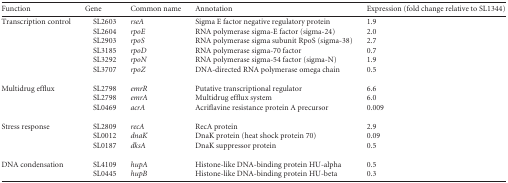
<table><thead><tr><td><b>Function</b></td><td><b>Gene</b></td><td><b>Common name</b></td><td><b>Annotation</b></td><td><b>Expression (fold change relative to SL1344)</b></td></tr></thead><tbody><tr><td>Transcription control</td><td> SL2603</td><td><i>rseA</i></td><td>Sigma E factor negative regulatory protein</td><td>1.9</td></tr><tr><td></td><td> SL2604</td><td><i>rpoE</i></td><td>RNA polymerase sigma-E factor (sigma-24)</td><td>2.0</td></tr><tr><td></td><td> SL2903</td><td><i>rpoS</i></td><td>RNA polymerase sigma subunit RpoS (sigma-38)</td><td>2.7</td></tr><tr><td></td><td> SL3185</td><td><i>rpoD</i></td><td>RNA polymerase sigma-70 factor</td><td>0.7</td></tr><tr><td></td><td> SL3292</td><td><i>rpoN</i></td><td>RNA polymerase sigma-54 factor (sigma-N)</td><td>1.9</td></tr><tr><td></td><td> SL3707</td><td><i>rpoZ</i></td><td>DNA-directed RNA polymerase omega chain</td><td>0.5</td></tr><tr><td>Multidrug efflux</td><td> SL2798</td><td><i>emrR</i></td><td>Putative transcriptional regulator</td><td>6.6</td></tr><tr><td></td><td> SL2798</td><td><i>emrA</i></td><td>Multidrug efflux system</td><td>6.0</td></tr><tr><td></td><td> SL0469</td><td><i>acrA</i></td><td>Acriflavine resistance protein A precursor</td><td>0.009</td></tr><tr><td>Stress response</td><td> SL2809</td><td><i>recA</i></td><td>RecA protein</td><td>2.9</td></tr><tr><td></td><td> SL0012</td><td><i>dnaK</i></td><td>DnaK protein (heat shock protein 70)</td><td>0.09</td></tr><tr><td></td><td> SL0187</td><td><i>dksA</i></td><td>DnaK suppressor protein</td><td>0.5</td></tr><tr><td>DNA condensation</td><td> SL4109</td><td><i>hupA</i></td><td>Histone-like DNA-binding protein HU-alpha</td><td>0.5</td></tr><tr><td></td><td> SL0445</td><td><i>hupB</i></td><td>Histone-like DNA-binding protein HU-beta</td><td>0.3</td></tr></tbody></table>